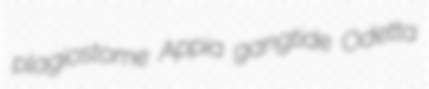
plagiostome Appia gangtide Odetta